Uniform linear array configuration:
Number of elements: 16
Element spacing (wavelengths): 0.5
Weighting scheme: hamming
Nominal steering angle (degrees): -30
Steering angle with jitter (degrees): -31.859
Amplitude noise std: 0.05
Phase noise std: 0.05

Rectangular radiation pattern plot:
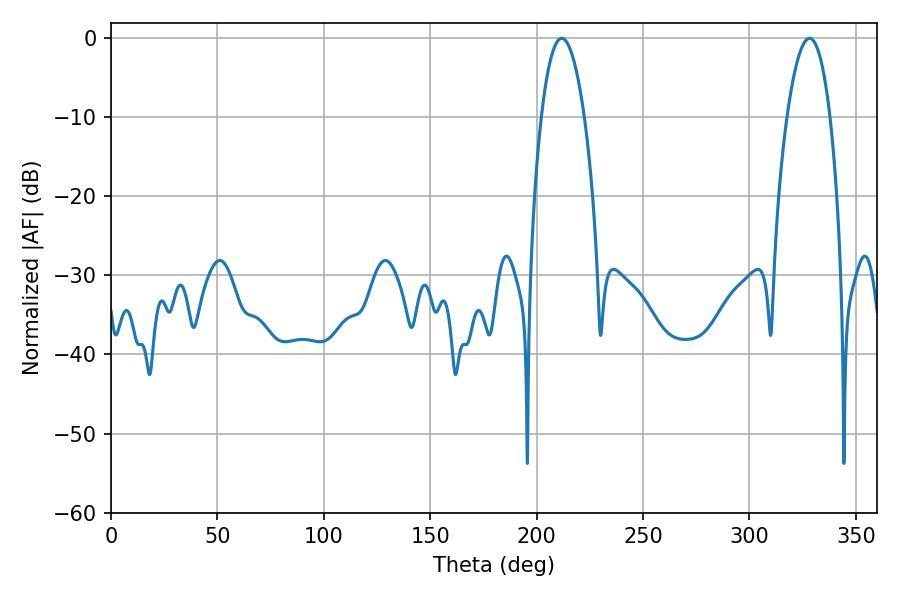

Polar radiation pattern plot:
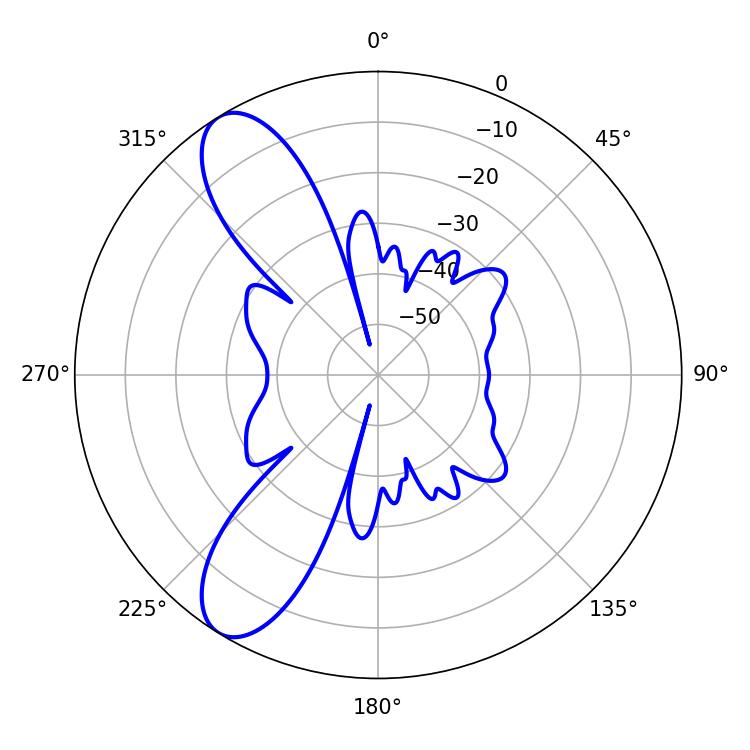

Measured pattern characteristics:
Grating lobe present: FALSE
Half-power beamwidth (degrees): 11.34
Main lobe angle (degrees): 211.86